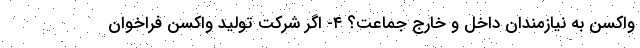
واکسن به نیازمندان داخل و خارج جماعت؟ ۴- اگر شرکت تولید واکسن فراخوان